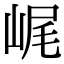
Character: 𡷕